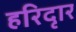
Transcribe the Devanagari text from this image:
हरिदृार